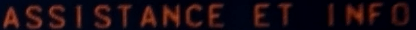
ASSISTANCE ET INFO